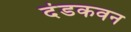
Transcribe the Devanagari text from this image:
दंडकवन